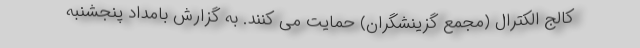
کالج الکترال (مجمع گزینشگران) حمایت می کنند. به گزارش بامداد پنجشنبه